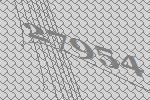
27954